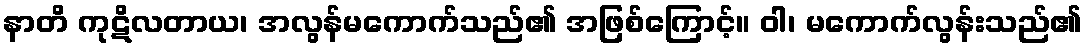
နာတိ ကုဋိလတာယ၊ အလွန်မကောက်သည်၏ အဖြစ်ကြောင့်။ ဝါ၊ မကောက်လွန်းသည်၏